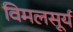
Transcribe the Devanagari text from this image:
विमलसूर्य